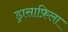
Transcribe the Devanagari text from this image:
ड्रासाफ़िला